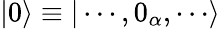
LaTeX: |0\rangle\equiv|\cdots,0_{\alpha},\cdots\rangle